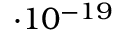
\cdot 1 0 ^ { - 1 9 }